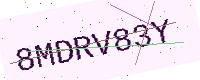
Text: 8MDRV83Y